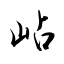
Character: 岾